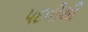
પદવીથી